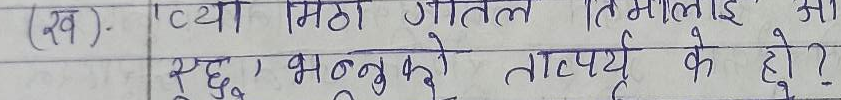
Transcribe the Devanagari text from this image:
(ख) . त्यो मीठा शीतल तिमिलाई, आस्कु भन्नुको तात्पर्य के हो ?